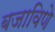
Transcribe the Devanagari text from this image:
बजाविणे